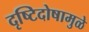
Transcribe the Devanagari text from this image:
दृष्टिदोषामुळे